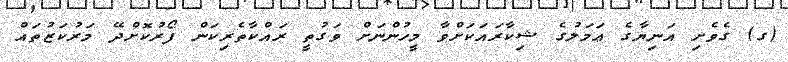
(ގ) ގެވެށި އަނިޔާގެ ޢަމަލުގެ ޝިކާރައަކަށްވާ މީހުންނަށް ވަގުތީ ރައްކާތެރިކަން ފޯރުކޮށްދޭ މަރުކަޒުތައް